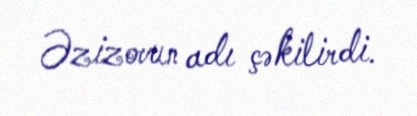
Əzizovun adı çəkilirdi.